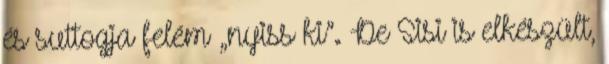
és suttogja felém „nyiss ki”. De Sisi is elkészült,